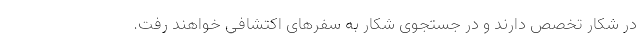
در شکار تخصص دارند و در جستجوی شکار به سفر‌های اکتشافی خواهند رفت.